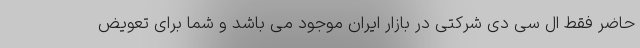
حاضر فقط ال سی دی شرکتی در بازار ایران موجود می باشد و شما برای تعویض